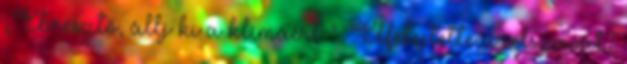
„Ébresztő, állj ki a klímáért ”. Elfelejtette a jelszavát?